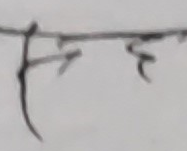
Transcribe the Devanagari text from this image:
फरर